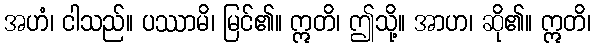
အဟံ၊ ငါသည်။ ပဿာမိ၊ မြင်၏။ ဣတိ၊ ဤသို့။ အာဟ၊ ဆို၏။ ဣတိ၊